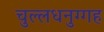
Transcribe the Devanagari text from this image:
चुल्लधनुग्गह